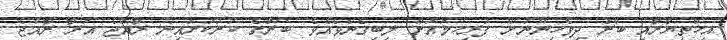
އިޚްތިޔާރާއި ބާރު ދިވެހިންނަށް ފުރިހަމައަށް ލިބިގެންވެއެވެ. ބޭރުގެ ކަރަކަރައިން ރާއްޖެ އަރާ ރާއްޖެ